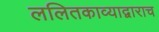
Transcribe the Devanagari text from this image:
ललितकाव्याद्वाराच